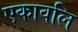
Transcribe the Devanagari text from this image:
एकावलि